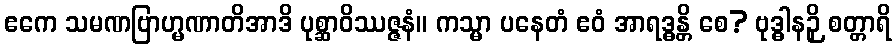
ဧကေ သမဏဗြာဟ္မဏာတိအာဒိ ပုစ္ဆာဝိဿဇ္ဇနံ။ ကသ္မာ ပနေတံ ဧဝံ အာရဒ္ဓန္တိ စေ? ဗုဒ္ဓါနဉှိ စတ္တာရိ